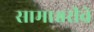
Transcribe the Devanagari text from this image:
सामाश्वरीचे